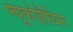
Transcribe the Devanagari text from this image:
फ्यूकोज़ैथिन